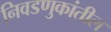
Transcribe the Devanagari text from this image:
निवडणुकांतील